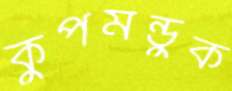
কুপমন্ডুক